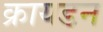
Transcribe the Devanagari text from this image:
क्रायडन